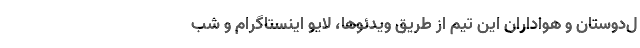
ل‌دوستان و هواداران این تیم از طریق ویدئوها، لایو اینستاگرام و شب